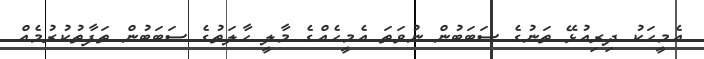
އެމީހަކު ދިރިއުޅޭ ތަނުގެ ސަބަބުން ނުވަތަ އެމީހެއްގެ މާލީ ހާލަތުގެ ސަބަބުން ތަފާތުކުރުމެއް